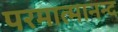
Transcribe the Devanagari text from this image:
परमात्मानन्द